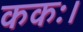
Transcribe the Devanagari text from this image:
ककः।